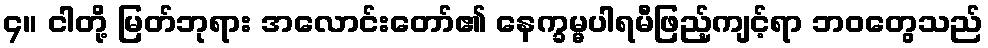
၄။ ငါတို့ မြတ်ဘုရား အလောင်းတော်၏ နေက္ခမ္မပါရမီဖြည့်ကျင့်ရာ ဘဝတွေသည်